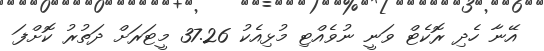
އޭނާ ހެދި ރޮކެޓް ވަނީ ނުވެއްޓި މުޅިއެކު 37.26 މީޓަރަށް ދަތުރު ކޮށްފަ